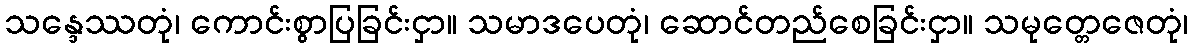
သန္ဒေဿတုံ၊ ကောင်းစွာပြခြင်းငှာ။ သမာဒပေတုံ၊ ဆောင်တည်စေခြင်းငှာ။ သမုတ္တေဇေတုံ၊